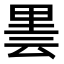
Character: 𮡒